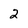
Character: 2